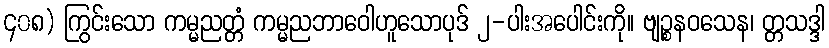
၄၀၈) ကြွင်းသော ကမ္မညတ္တံ ကမ္မညဘာဝေါဟူသောပုဒ် ၂-ပါးအပေါင်းကို။ ဗျဉ္စနဝသေန၊ တ္တသဒ္ဒါ